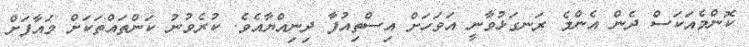
ކޮންމެއަކަސް ދެން އެންމެ ރަނގަޅުވާނީ އަވަހަށް އިސްތިއުފާ ދިނިއްޔާއެވެ. ކުރެވުނު ކަންތައްތަކަށް މައާފަށް